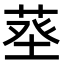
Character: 𦱬